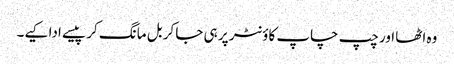
وہ اٹھا اور چپ چاپ کاؤنٹر پر ہی جا کر بل مانگ کر پیسے ادا کیے۔